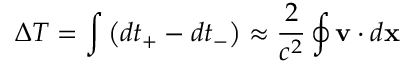
\Delta T = \int \left( d t _ { + } - d t _ { - } \right) \approx { \frac { 2 } { c ^ { 2 } } } \oint \mathbf { v } \cdot d \mathbf { x }